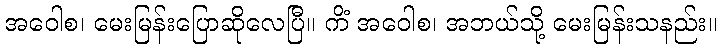
အဝေါစ၊ မေးမြန်းပြောဆိုလေပြီ။ ကိံ အဝေါစ၊ အဘယ်သို့ မေးမြန်းသနည်း။